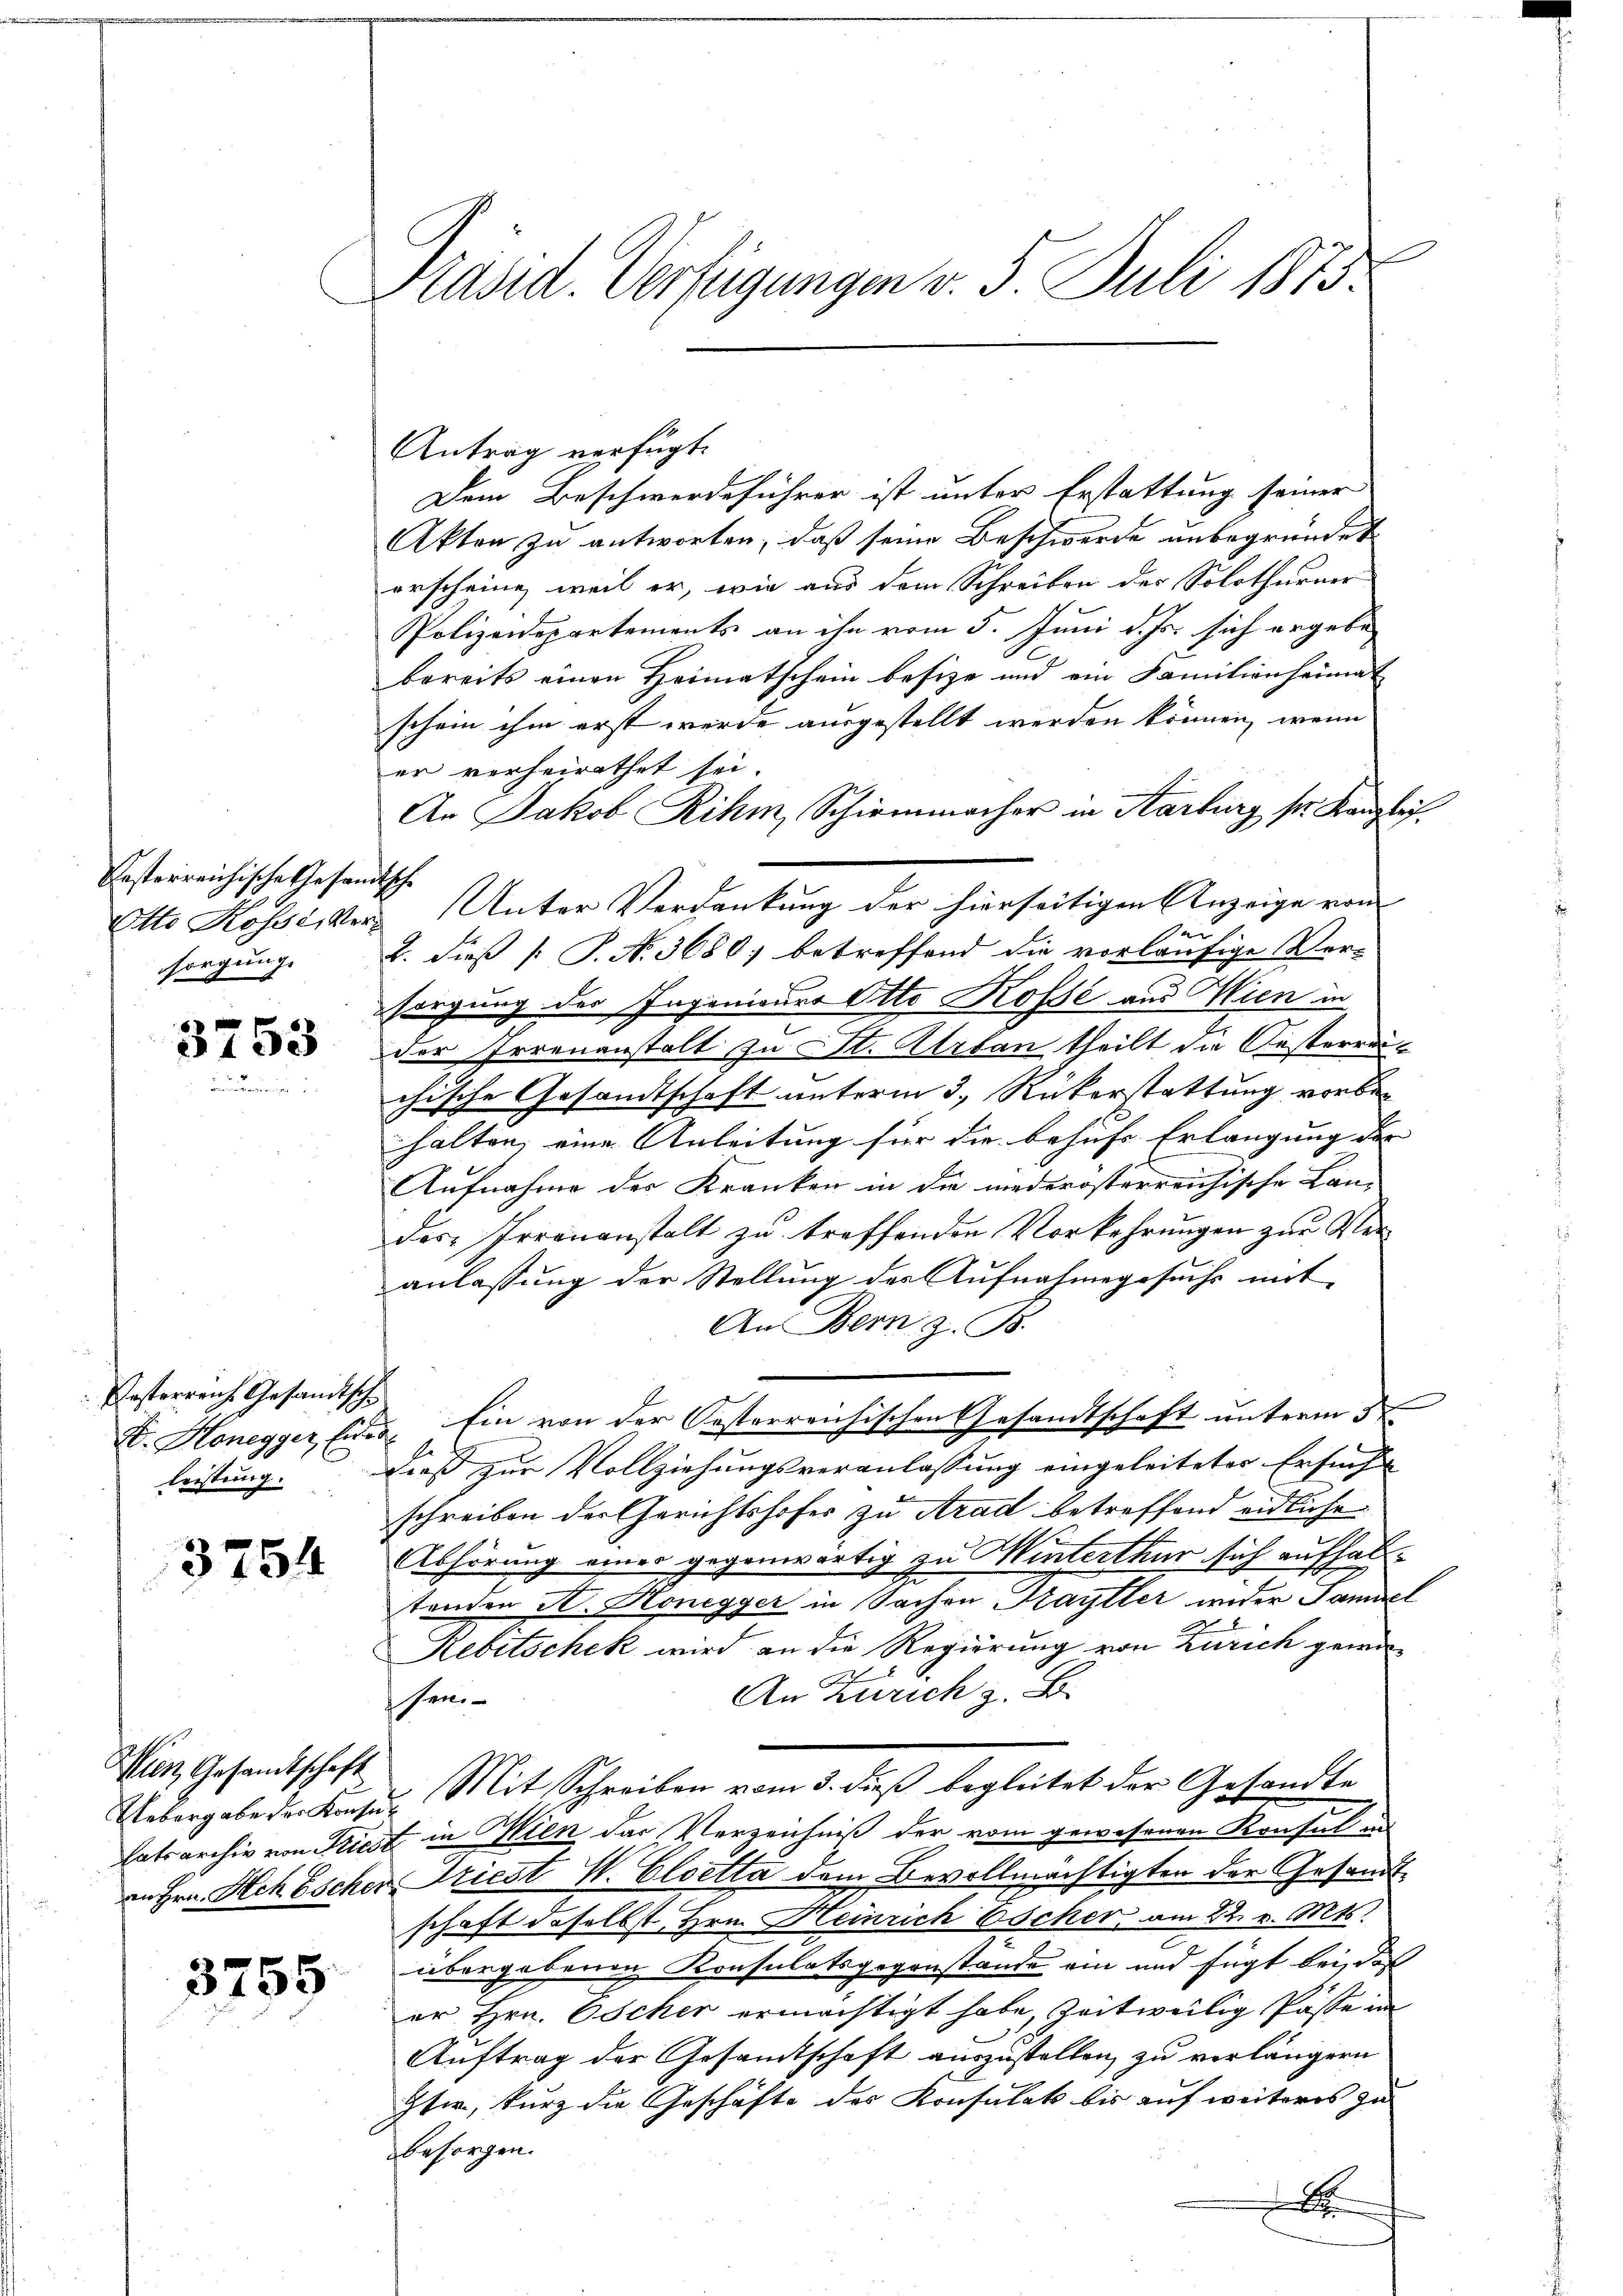
Vesterreichische Gesandtische
sorgung.

3753

Posterreich Gesandtsch
leistung.

3754

Wien Gesandtschaft

3755

Präsid. Verfügungen v. 5. Juli 1873.

Antrag verfügt:
Dem Beschwerdeführer ist unter Erstattung seiner
Akten zu antworten, daß seine Beschwerde unbegründet
erscheine, weil er, wie aus dem Schreiben des Solothurner
Polizeidepartements an ihn vom 5. Juni d. Js. sich ergebe
bereits einen Heimatschein besize und ein Familienheimat
schein ihm erst werde ausgestellt werden können, wenn
er verheirathet sei.
An Jakob Rihm, Schirmmacher in Karburg pr. Kanzlic
Otto Rosses Ver- Unter Verdankung der hierseitigen Anzeige von
zu
2. dieß [ P. N. 3680; betreffend die vorläufige Ver-
sorgung der Ingenieurs Otto Rofsé aus Wien in
der Irrenanstalt zu St. Altan theilt die Oesterreichische Gesandtschaft unterm 3. Rükerstattung vorbehalten, eine Anleitung für die behufs Erlangung der
Aufnahme der Kranken in die niederösterreichische Lan-
das Irrenanstalt zu treffenden Vorkehrungen zur Veranlassung der Stellung des Aufnahmegesuchs mit
An Bern z. B.
E. Honegger Eides Ein von der Oesterreichischen Gesandtschaft unterm 3t
Dieß zur Vollziehungsveranlassung eingeleitetes Ersuchte
schreiben der Gerichtshofer zu Arad betreffend eidliche
Abhörung einer gegenwärtig zu Winterthur sich aufhaltenden St. Honegger in Sachen Kaytter wieder Famil
Rebitschek wird an die Regierung von Zürich gewi
An Zürich z. B.
han
Uebergabe der Kanzen Mit Schreiben vom 3. dieß begleitet der Gesandte
hatsarchiv von Riedt in Wien das Verzeichniß der vom gewesenen Konsul in
an Hrn. Ach Escher Driest W. Cloetta dem Bevollmächtigten der Gesandt
schaft daselbst Hrn. Heinrich Escher am 22. v. Mts.
übergebenen Konsulatsgegenstande ein und fügt bei, daß
er Hrn. Oscher ermächtigt habe, zeitweilig Pässe im
Auftrag der Gesamtschaft auszustellen zu verlängern
Gte, kurz die Geschäfte des Konsulats bis auf weiteres zu
besorgen.
x